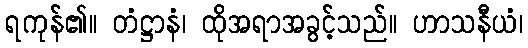
ရကုန်၏။ တံဋ္ဌာနံ၊ ထိုအရာအခွင့်သည်။ ဟာသနီယံ၊